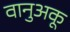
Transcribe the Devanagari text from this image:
वानुअकू